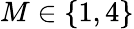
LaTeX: M\in\left\{ 1,4\right\}